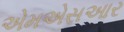
એમએસઆર